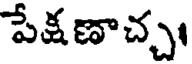
పేక్షణాచ్చ।